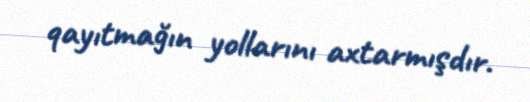
qayıtmağın yollarını axtarmışdır.